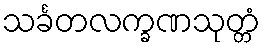
သင်္ခတလက္ခဏသုတ္တံ